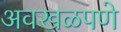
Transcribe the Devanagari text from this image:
अवखळपणे